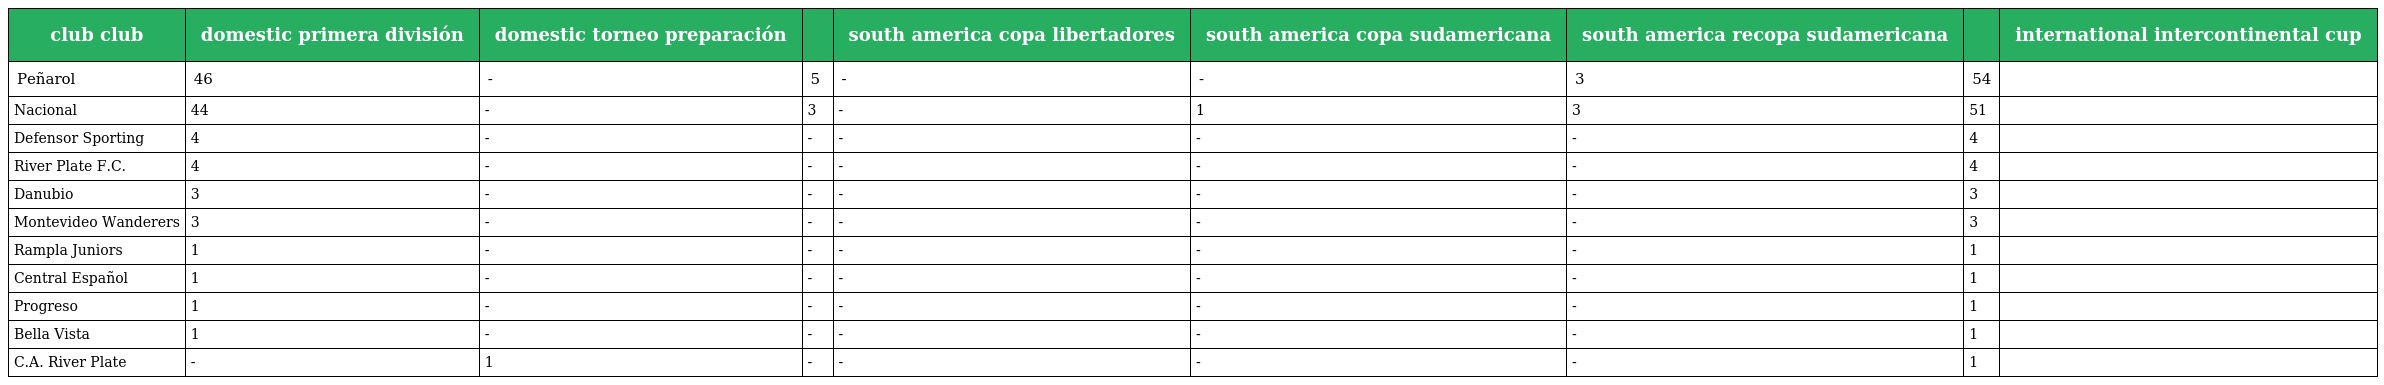
| club club | domestic primera división | domestic torneo preparación |  | south america copa libertadores | south america copa sudamericana | south america recopa sudamericana |  | international intercontinental cup |
 | --- | --- | --- | --- | --- | --- | --- | --- | --- |
 | Peñarol | 46 | - | 5 | - | - | 3 | 54 |  |
 | Nacional | 44 | - | 3 | - | 1 | 3 | 51 |  |
 | Defensor Sporting | 4 | - | - | - | - | - | 4 |  |
 | River Plate F.C. | 4 | - | - | - | - | - | 4 |  |
 | Danubio | 3 | - | - | - | - | - | 3 |  |
 | Montevideo Wanderers | 3 | - | - | - | - | - | 3 |  |
 | Rampla Juniors | 1 | - | - | - | - | - | 1 |  |
 | Central Español | 1 | - | - | - | - | - | 1 |  |
 | Progreso | 1 | - | - | - | - | - | 1 |  |
 | Bella Vista | 1 | - | - | - | - | - | 1 |  |
 | C.A. River Plate | - | 1 | - | - | - | - | 1 |  |